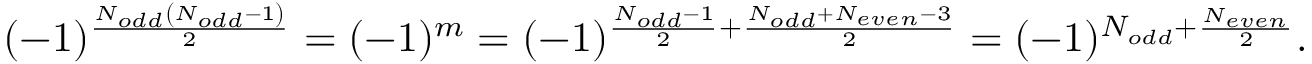
( - 1 ) ^ { \frac { N _ { o d d } \left( N _ { o d d } - 1 \right) } { 2 } } = ( - 1 ) ^ { m } = ( - 1 ) ^ { \frac { N _ { o d d } - 1 } { 2 } + \frac { N _ { o d d } + N _ { e v e n } - 3 } { 2 } } = ( - 1 ) ^ { N _ { o d d } + \frac { N _ { e v e n } } { 2 } } .